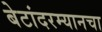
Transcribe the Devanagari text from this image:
बेटांदरम्यानचा